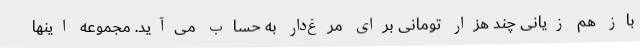
باز هم زیانی چند هزار تومانی برای مرغ‌دار به حساب می‌آید. مجموعه اینها